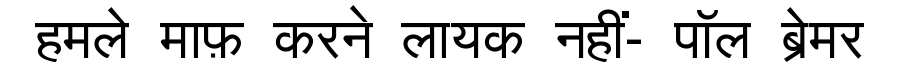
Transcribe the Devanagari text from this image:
हमले माफ़ करने लायक नहीं- पॉल ब्रेमर